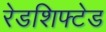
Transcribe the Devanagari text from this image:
रेडशिफ्टेड